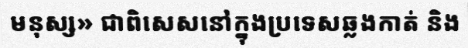
មនុស្ស» ជាពិសេសនៅក្នុងប្រទេសឆ្លងកាត់ និង